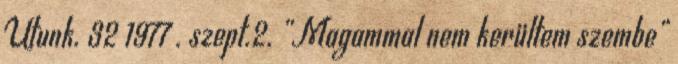
Utunk. 32 1977 . szept.2. „Magammal nem kerültem szembe”